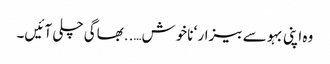
وہ اپنی بہو سے بیزار ‘ ناخوش…..بھاگی چلی آئیں۔